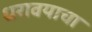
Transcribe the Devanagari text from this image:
धरावयाचा